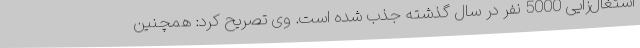
اشتغال‌زایی 5000 نفر در سال گذشته جذب شده است. وی تصریح کرد: همچنین